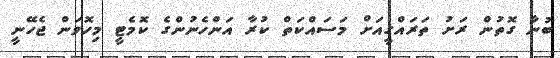
ބުނާ ގޮތުން ރަށު ތަރައްގީއަށް މަސައްކަތް ކުރާ އަންހެނުންގެ ކޮމެޓީ މިހޮވަން ޖެހޭނީ